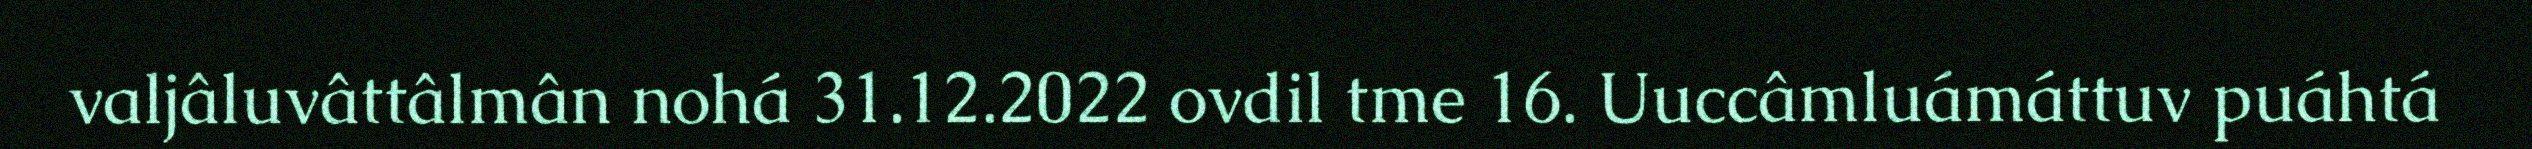
valjâluvâttâlmân nohá 31.12.2022 ovdil tme 16. Uuccâmluámáttuv puáhtá